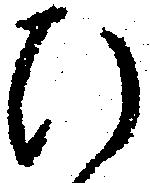
ひ